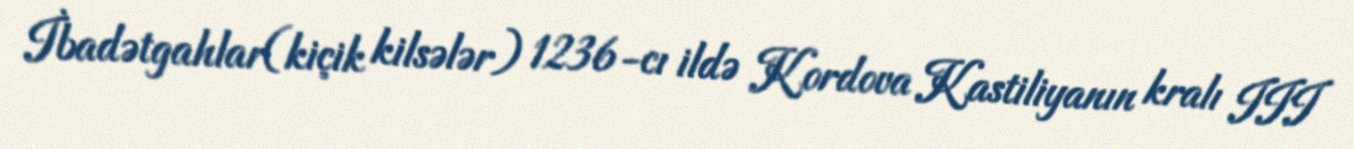
İbadətgahlar(kiçik kilsələr) 1236-cı ildə Kordova Kastiliyanın kralı III